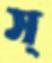
স্